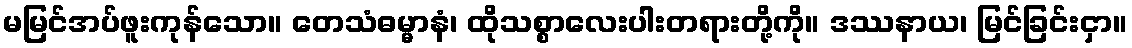
မမြင်အပ်ဖူးကုန်သော။ တေသံဓမ္မာနံ၊ ထိုသစ္စာလေးပါးတရားတို့ကို။ ဒဿနာယ၊ မြင်ခြင်းငှာ။